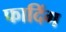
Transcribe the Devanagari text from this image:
फादिंग